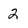
Character: 2